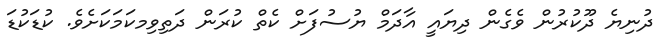
ދުނިޔެ ދޫކުރުން ވެގެން ދިޔައީ އާދަމް ޔުސުފަށް ކެތް ކުރަން ދަތިވިމކަމަކަށެވެ. ކުޑަކުޑަ